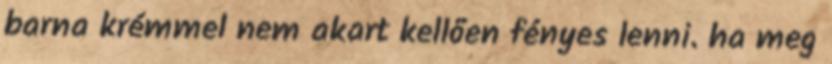
barna krémmel nem akart kellően fényes lenni. ha meg